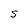
Character: S